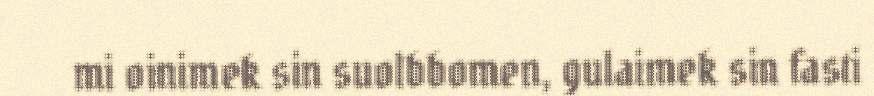
mi oinimek sin suolbbomen, gulaimek sin fasti